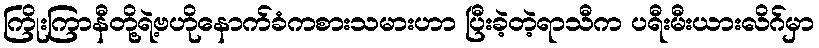
ကြိုးကြာနီတို့ရဲ့ဗဟိုနောက်ခံကစားသမားဟာ ပြီးခဲ့တဲ့ရာသီက ပရီးမီးယားလိဂ်မှာ